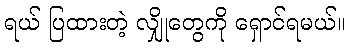
ရယ် ပြထားတဲ့ လျှိုတွေကို ရှောင်ရမယ်။